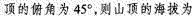
顶的俯角为45°，则山顶的海拔为